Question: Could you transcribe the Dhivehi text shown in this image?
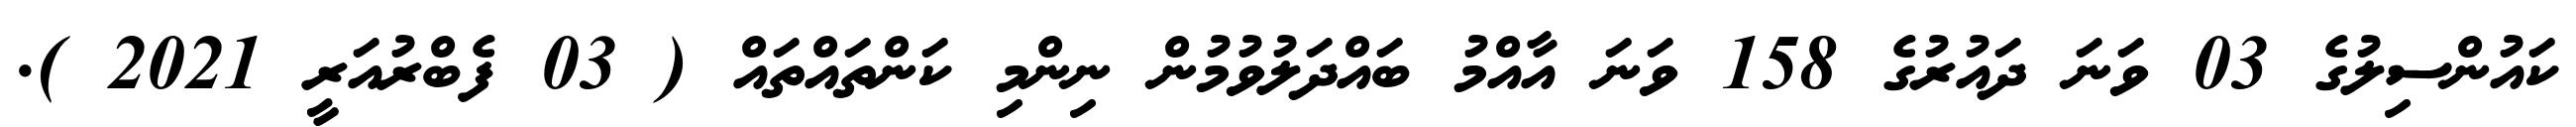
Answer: ކައުންސިލުގެ 03 ވަނަ ދައުރުގެ 158 ވަނަ އާއްމު ބައްދަލުވުމުން ނިންމި ކަންތައްތައް ( 03 ފެބްރުއަރީ 2021 ).